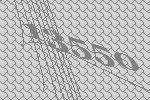
13550